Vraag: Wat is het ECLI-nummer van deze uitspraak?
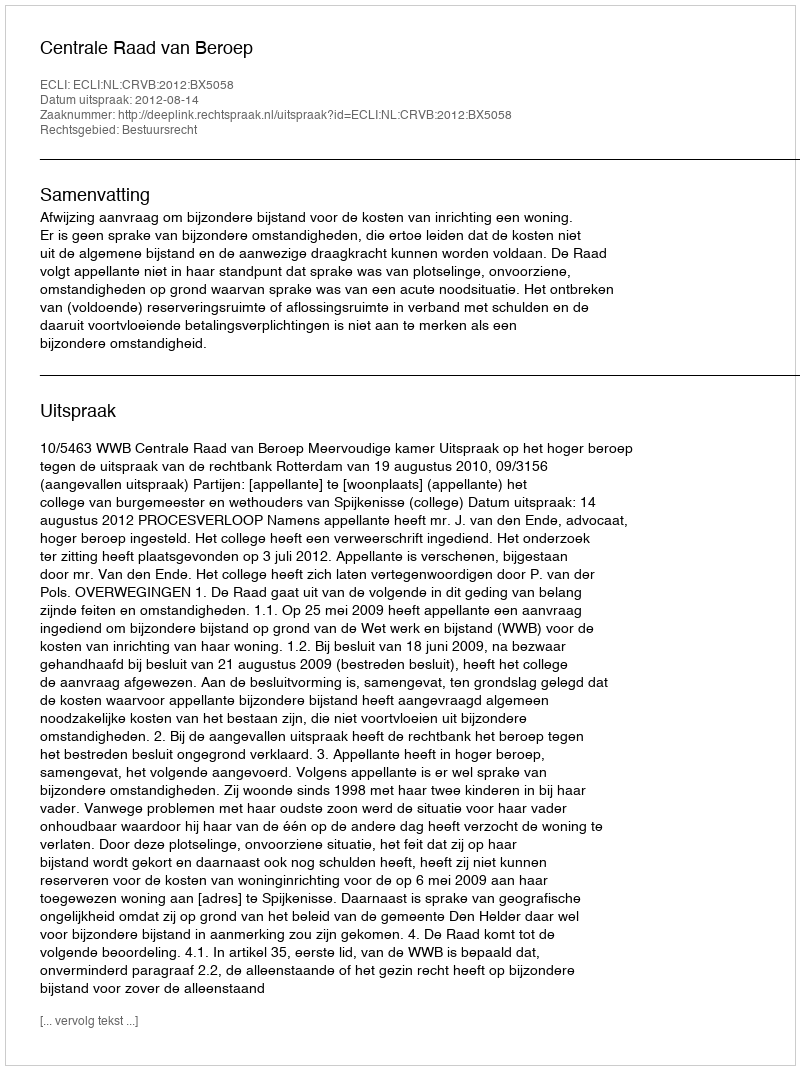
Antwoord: ECLI:NL:CRVB:2012:BX5058